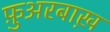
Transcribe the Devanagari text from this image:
फ़ुअरबाख़